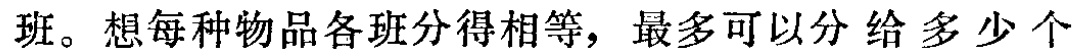
班。想每种物品各班分得相等，最多可以分给多少个